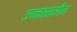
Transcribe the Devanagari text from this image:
उच्चस्वरीय